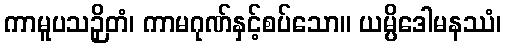
ကာမူပသဉှိတံ၊ ကာမဂုဏ်နှင့်စပ်သော။ ယမ္ပိဒေါမနဿံ၊